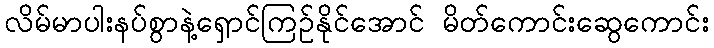
လိမ်မာပါးနပ်စွာနဲ့ရှောင်ကြဥ်နိုင်အောင် မိတ်ကောင်းဆွေကောင်း